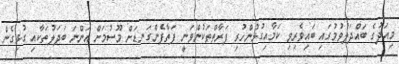
މިއަދުގެ ބައްދަލުވުމުގައި ބައިވެރިވި ކަމާއިގުޅުންހުރި ފަރާތްތަކުންވަނީ ފަތާފެންގަނޑަށް މޫސުމަށް އަންނަ ބަދަލުތަކާއި ގުޅިގެން